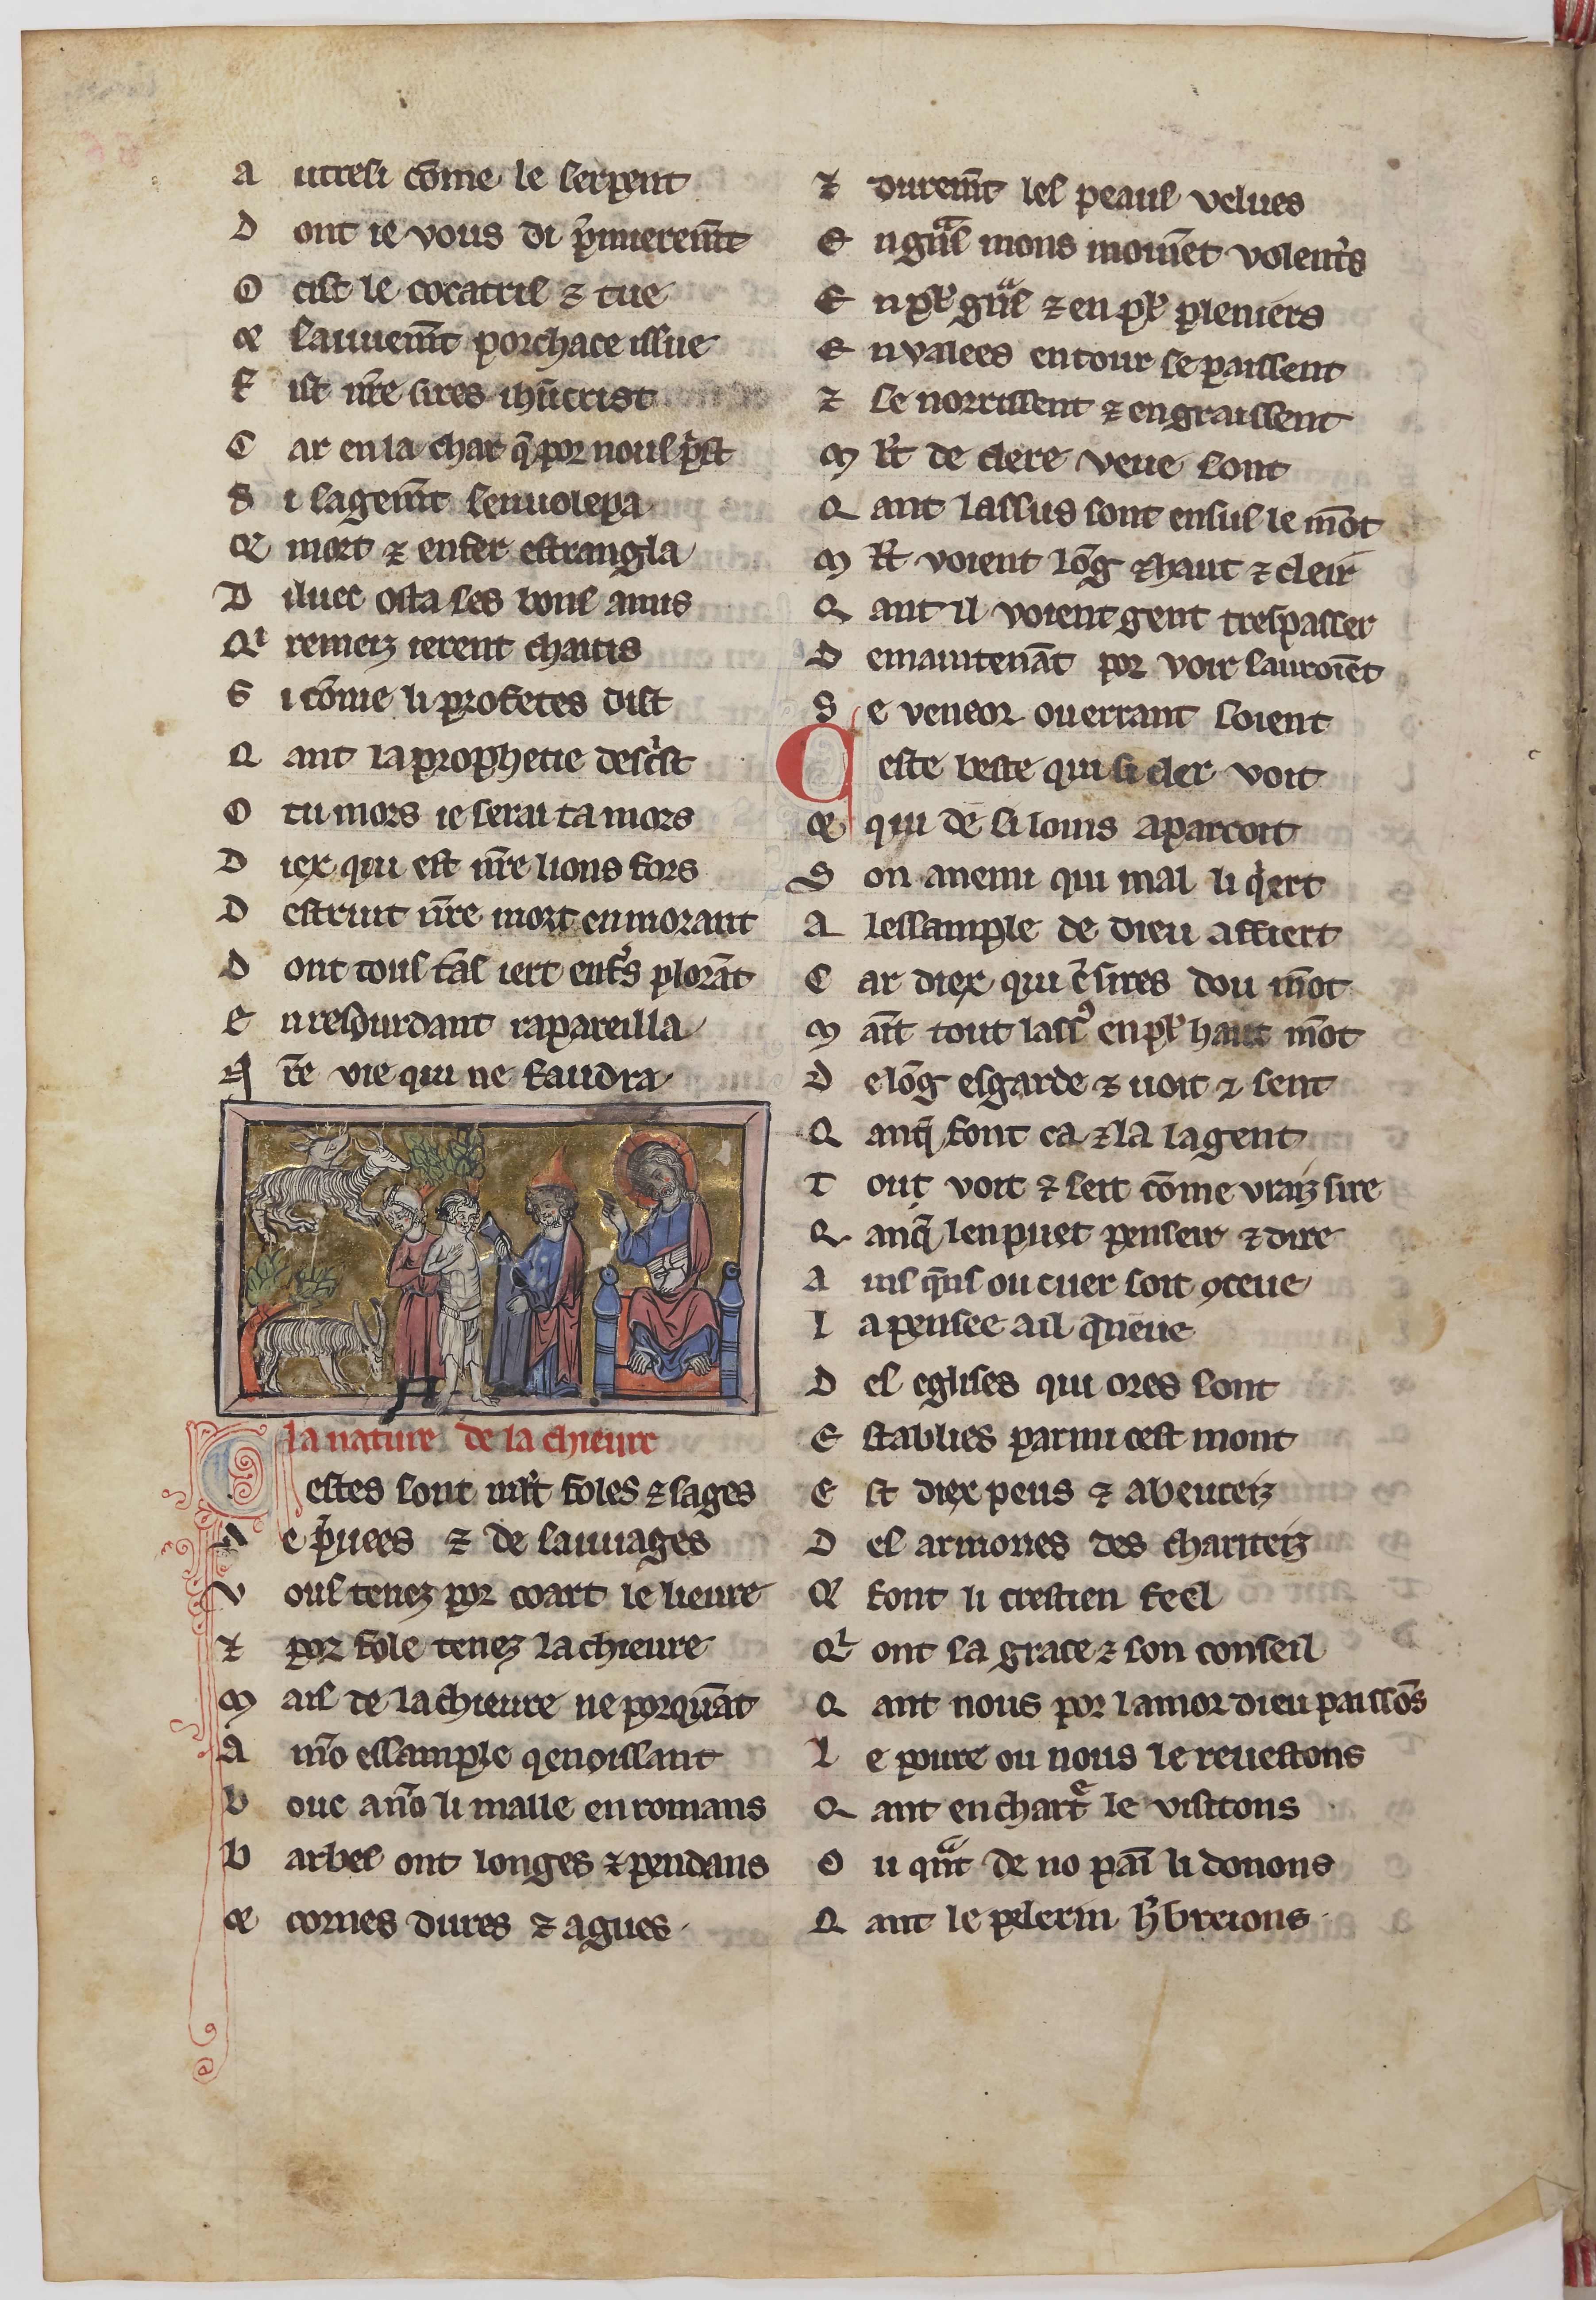
Shelfmark: Paris, BnF, fr. 24428
Century: 13